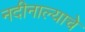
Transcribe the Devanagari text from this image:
नदीनाल्याचे